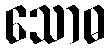
သောဓ